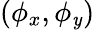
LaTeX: (\phi_{x},\phi_{\mathit{y}})